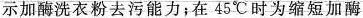
示加酶洗衣粉去污能力；在45^\circ C 时为缩短加酶